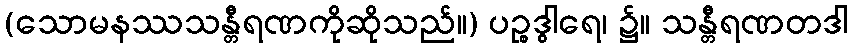
(သောမနဿသန္တီရဏကိုဆိုသည်။) ပဉ္စဒွါရေ၊ ၌။ သန္တီရဏတဒါ